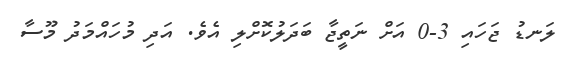
ލަނޑު ޖަހައި 3-0 އަށް ނަތީޖާ ބަދަލުކޮށްލި އެވެ. އަދި މުހައްމަދު މޫސާ